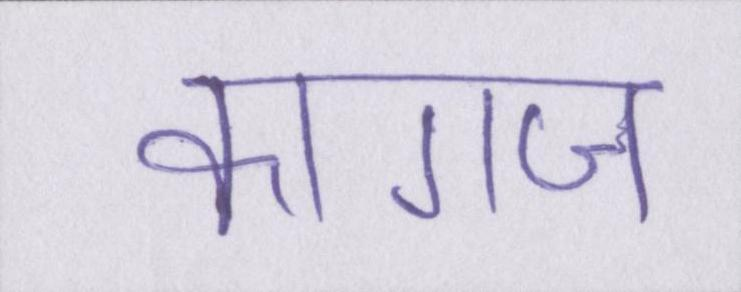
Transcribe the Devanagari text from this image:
कागज